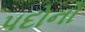
પદોનો